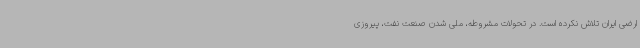
ارضی ایران تلاش نکرده است. در تحولات مشروطه، ملی شدن صنعت نفت، پیروزی